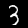
Label: 3